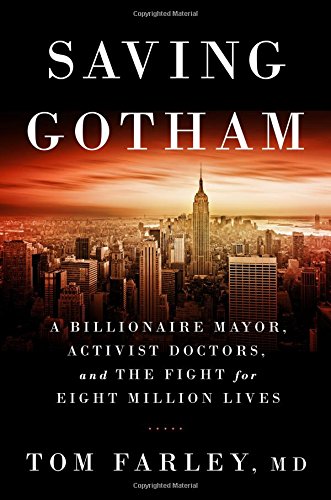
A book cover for Saving Gotham: A Billionaire Mayor, Activist Doctors, and the Fight for Eight Million Lives; Tom Farley MD; Medical Books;